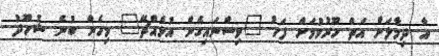
އާ ދިމާލަށް އަތް ހޫރުވުމަށް ފަހު "ވިސްނައިގެން އުޅެއްޗޭ" މިހެން ބުނެ ޝުހޫދު